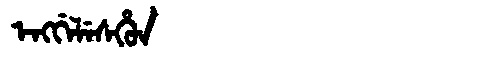
Manchu: ᡝᠩᡤᡝᠯᡝᠰᡥᡠᠨ
Romanization: ENGGELESHUN